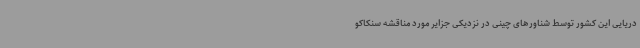
دریایی این کشور توسط شناورهای چینی در نزدیکی جزایر مورد مناقشه سنکاکو